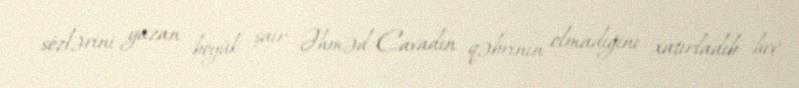
sözlərini yazan böyük şair Əhməd Cavadın qəbrinin olmadığını xatırladıb heç